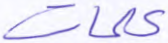
كلمات